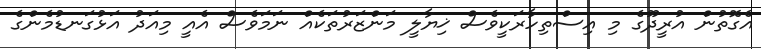
އެގޮތުން އުރީދޫގެ މި އިސްތިހާރަކީވެސް ޚިޔާލީ މަންޒަރުތަކެއް ނަމަވެސް އެއީ މިއަދު އަޅުގަނޑުމެންގެ